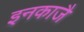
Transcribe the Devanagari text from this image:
इनकाजै